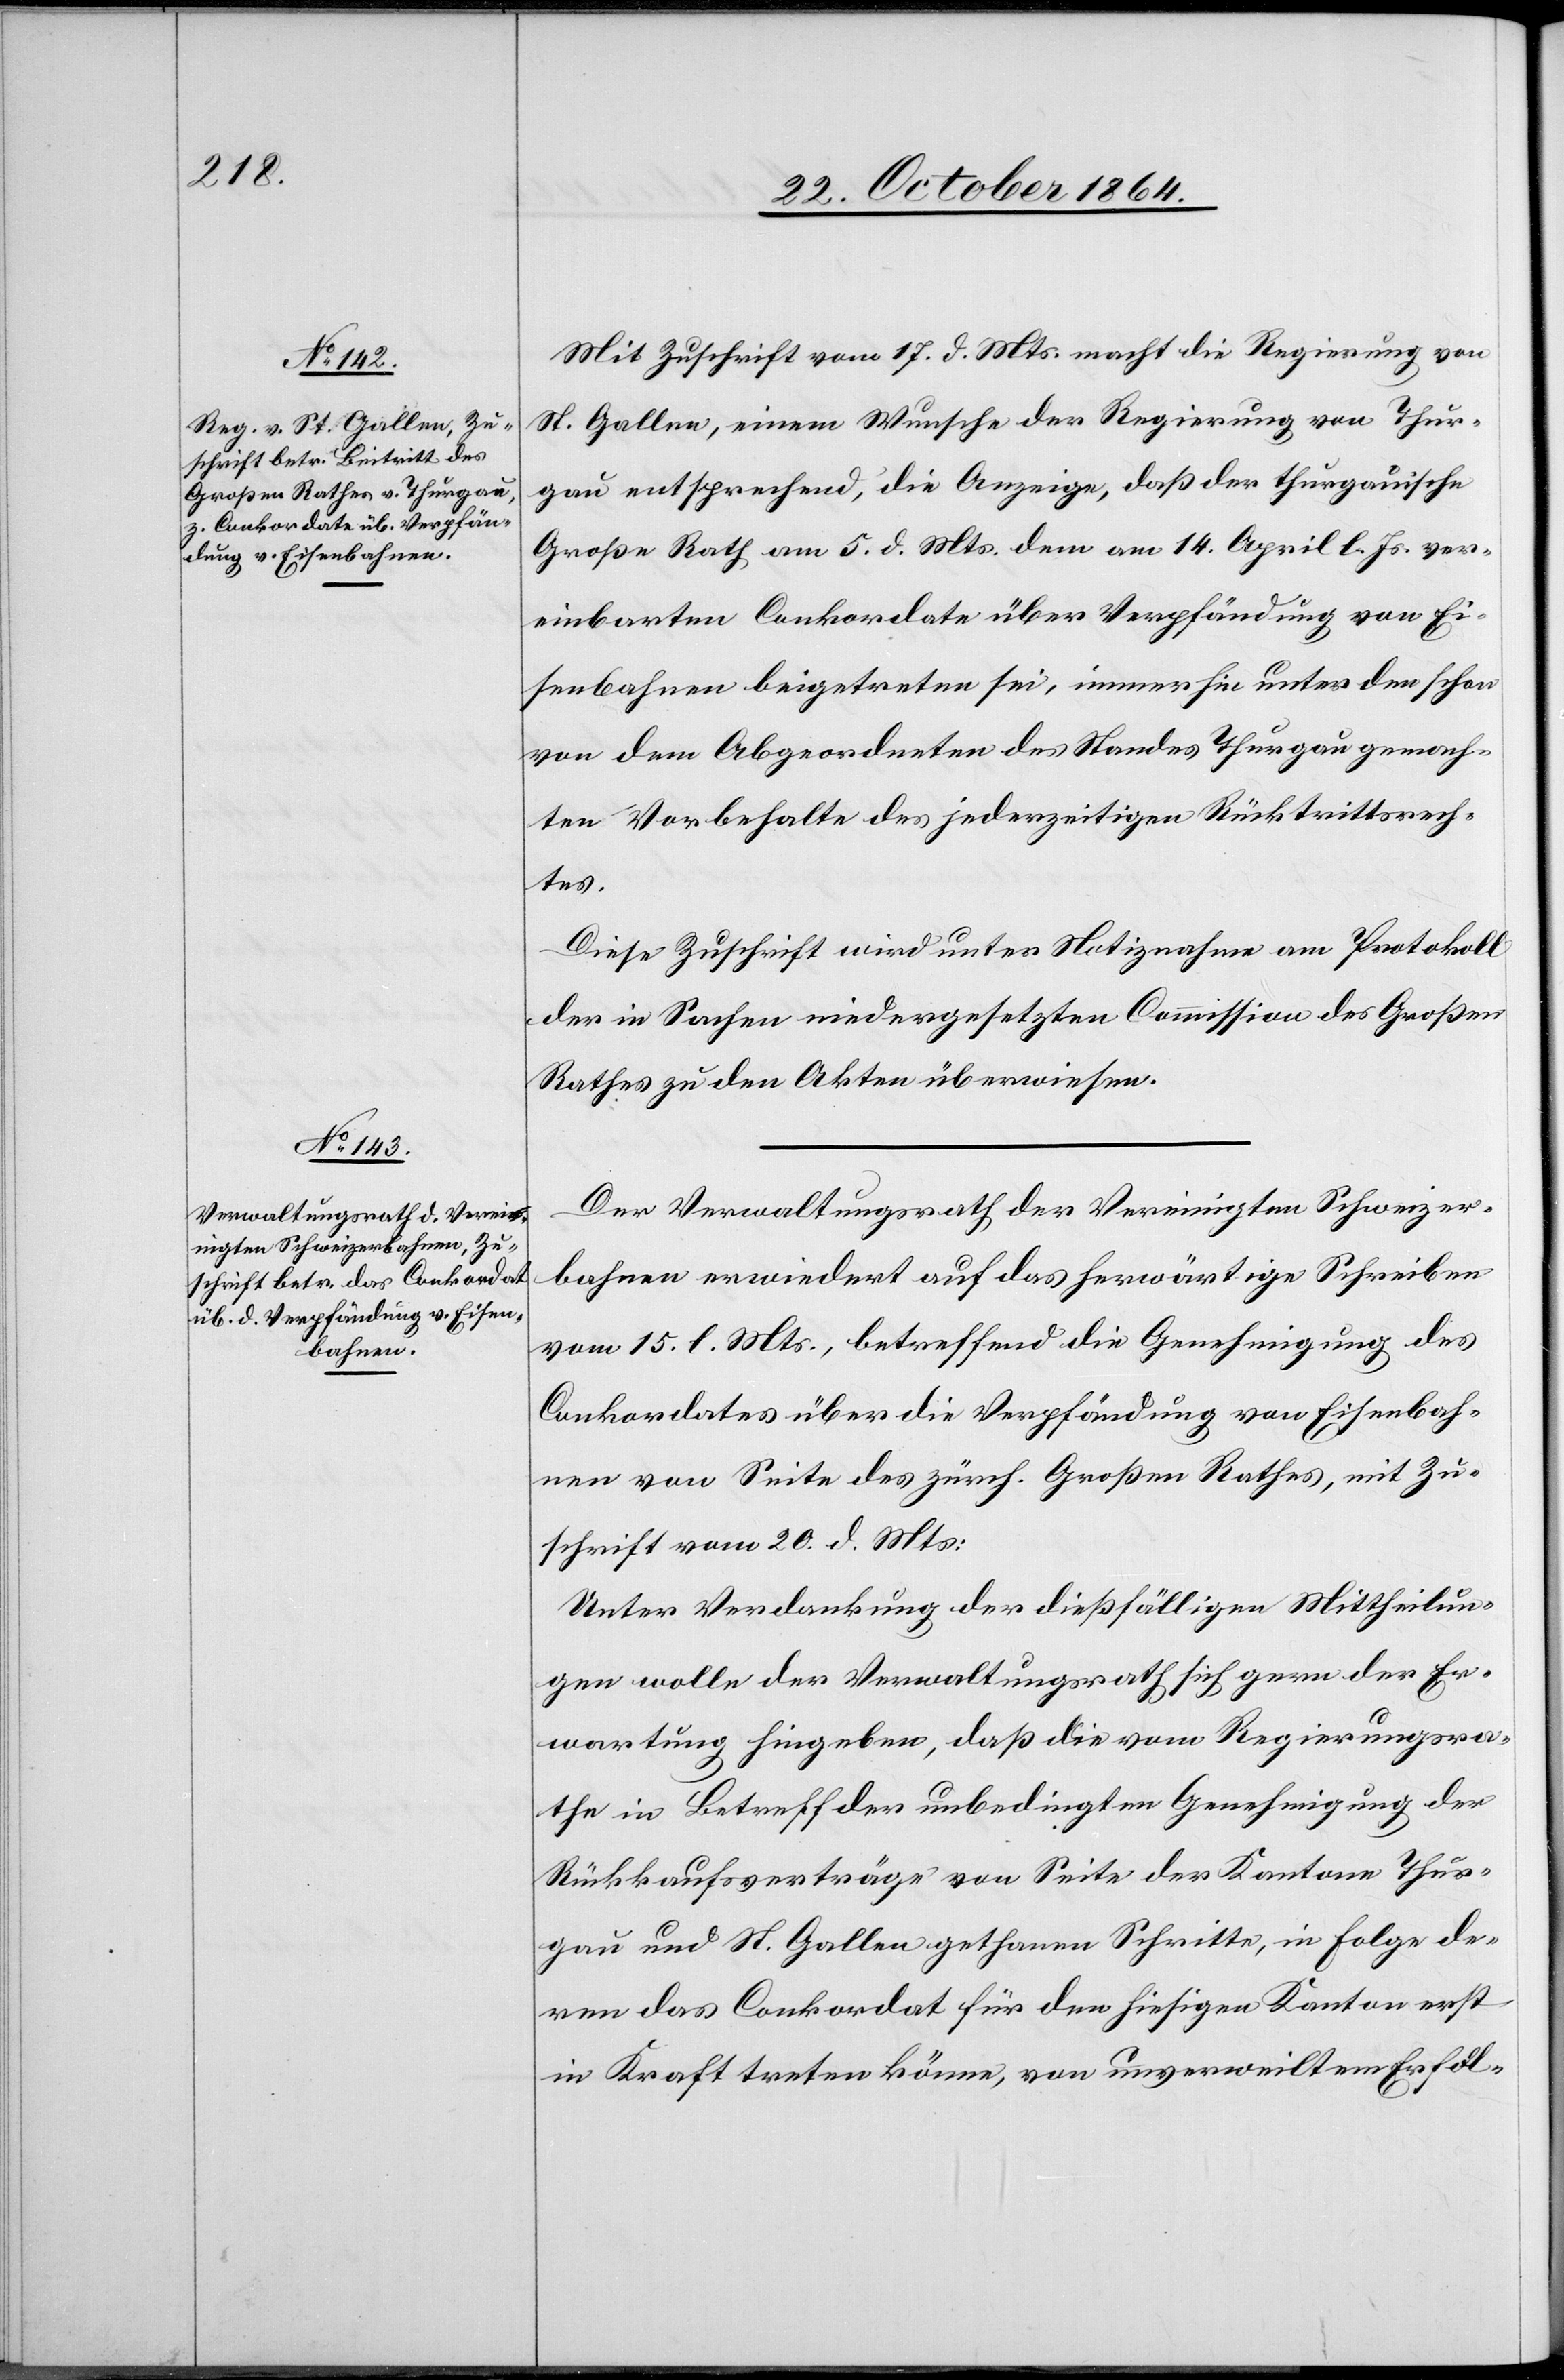
Mit Zuschrift vom 17. d. Mts. macht die Regierung von
St. Gallen, einem Wunsche der Regierung von Thur¬
gau entsprechend, die Anzeige, daß der thurgauische
Große Rath am 5. d. Mts. dem am 14. April l. Js. ver¬
einbarten Conkordate über Verpfändung von Ei¬
senbahnen beigetreten sei, immerhin unter den schon
von dem Abgeordneten des Standes Thurgau gemach¬
ten Vorbehalte des jederzeitigen Rücktrittsrech¬
tes.
Diese Zuschrift wird unter Notiznahme am Protokoll
der in Sachen niedergesetzten Commission des Großen
Rathes zu den Akten überwiesen.
Der Verwaltungsrath der Vereinigten Schweizer¬
bahnen erwiedert auf das herwärtige Schreiben
vom 15. l. Mts., betreffend die Genehmigung des
Conkordates über die Verpfändung von Eisenbah¬
nen von Seite des zürch. Großen Rathes, mit Zu¬
schrift vom 20. d. Mts.:
Unter Verdankung der dießfälligen Mittheilun¬
gen wolle der Verwaltungsrath sich gern der Er¬
wartung hingeben, daß die vom Regierungsra¬
the in Betreff der unbedingten Genehmigung der
Rückkaufsverträge von Seite der Kantone Thur¬
gau und St. Gallen gethanen Schritte, in Folge de¬
ren das Conkordat für den hiesigen Kanton erst
in Kraft treten könne, von unverweiltem Erfol-